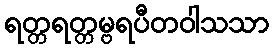
ရတ္တရတ္တမ္ဗရပီတဝါသသာ